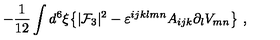
- { \frac { 1 } { 1 2 } } \int d ^ { 6 } \xi \big \{ | { \cal F } _ { 3 } | ^ { 2 } - \varepsilon ^ { i j k l m n } A _ { i j k } \partial _ { l } V _ { m n } \big \} \ ,